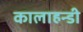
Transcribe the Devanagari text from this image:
कालाहन्डी